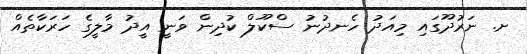
ށ. ނަރުދޫގައި މިއަދު ހެނދުނު ސްކޫލް ކުދިން ވަނީ އީދު މާލީގެ ހަރަކާތެއް